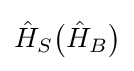
{\hat {H}}_{S}{\big (}{\hat {H}}_{B}{\big )}